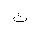
Letter: _tha